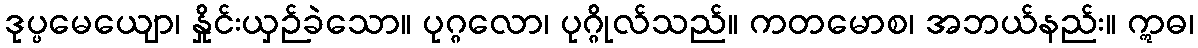
ဒုပ္ပမေယျော၊ နှိုင်းယှဉ်ခဲသော။ ပုဂ္ဂလော၊ ပုဂ္ဂိုလ်သည်။ ကတမောစ၊ အဘယ်နည်း။ ဣဓ၊